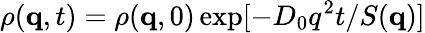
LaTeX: \rho(\textbf{q},t)=\rho(\textbf{q},0)\exp[-D_{0}q^{2}t/S(\textbf{q})]